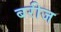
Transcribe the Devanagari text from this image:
बरीज